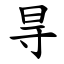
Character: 㝵